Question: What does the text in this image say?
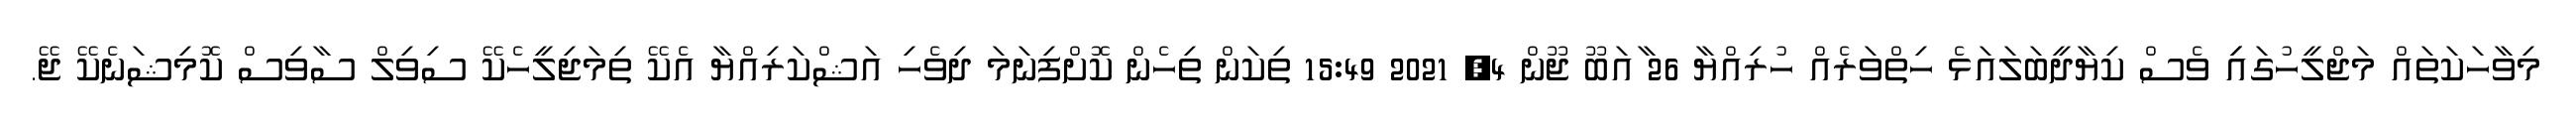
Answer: މިވާހަކަތައް މަޖްލީހުގައިި ވެސް ކިޔާދީބަލައަޅެ ހިތްވަރެއް ހުރިއްޔާ 26 ާއަބޫ ޖޫން 4, 2021 15:49 ތިކަން ތިހެން ކޮށްފިނަމަ ދިވެހި އަޝްކަރިއްޔާ އެކޭ ތިމަޖިލީހެކޭ ސިވިލް ސާވިސް ކޮމިޝަނެކޭ ޖޭ.